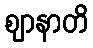
ဈာနာတိ